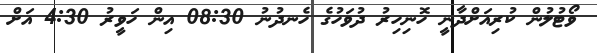
ވޯޓުލުން ކުރިއަށްދާނީ ހޮނިހިރު ދުވަހުގެ ހެނދުނު 08:30 އިން ހަވީރު 4:30 އަށް